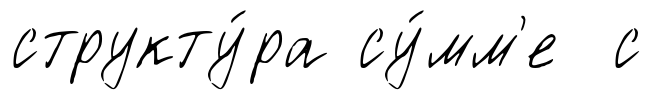
структу́ра су́мм'е с